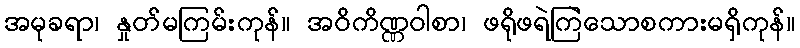
အမုခရာ၊ နှုတ်မကြမ်းကုန်။ အဝိကိဏ္ဏဝါစာ၊ ဖရိုဖရဲကြဲသောစကားမရှိကုန်။